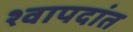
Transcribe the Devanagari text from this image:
श्वापदांत